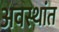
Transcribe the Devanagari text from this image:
अवस्थांत